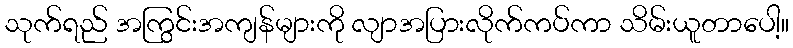
သုက်ရည် အကြွင်းအကျန်များကို လျာအပြားလိုက်ကပ်ကာ သိမ်းယူတာပေါ့။